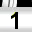
Digit: 1